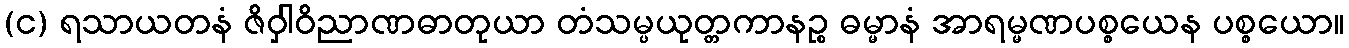
(င) ရသာယတနံ ဇိဝှါဝိညာဏဓာတုယာ တံသမ္ပယုတ္တကာနဉ္စ ဓမ္မာနံ အာရမ္မဏပစ္စယေန ပစ္စယော။